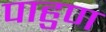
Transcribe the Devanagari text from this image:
पाहुण